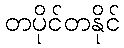
တပိုင်တနိုင်